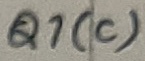
Text: Q1(c)